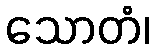
သောတံ၊